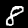
Digit: 8